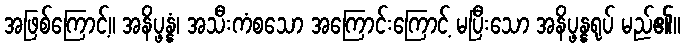
အဖြစ်ကြောင့်။ အနိပ္ဖန္နံ၊ အသီးကံစသော အကြောင်းကြောင့် မပြီးသော အနိပ္ဖန္နရုပ် မည်၏။